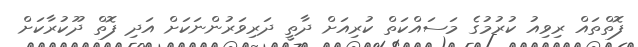
ފޮތްތައް ރިވިއު ކުރުމުގެ މަސައްކަތް ކުރިއަށް ދާތީ ދަރިވަރުންނަކަށް އަދި ފޮތް ދޫކުރާކަށް